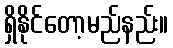
ရှိနိုင်တော့မည်နည်း။